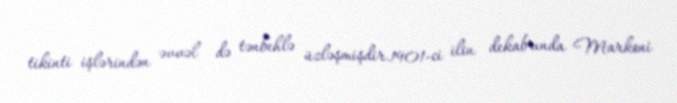
tikinti işlərindən əvvəl də tənbehlə üzləşmişdir.1901-ci ilin dekabrında Markoni